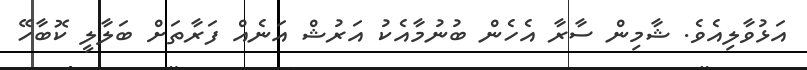
އަޅުވާލިއެވެ. ޝާމިން ސާރާ އެހެން ބުނުމާއެކު އަރުޝް އަނެއް ފަރާތަށް ބަލާލީ ކޮބާހޭ